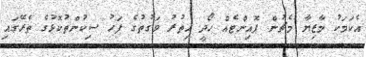
އެކަމަކު މާޒިޔާ މެޗުން ޕޮއިންޓެއް ހޯދީ އިތުރު ވަގުތުގެ ފަހު ސިކުންތުކޮޅުގެ ތެރޭގައި